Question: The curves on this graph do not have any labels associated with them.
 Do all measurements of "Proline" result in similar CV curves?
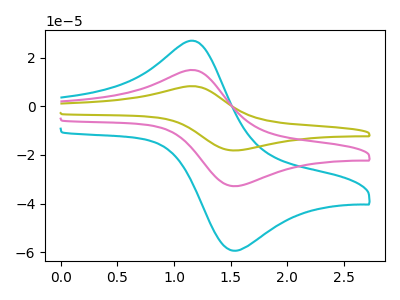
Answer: <think>The cyan curve "cyan" has an anodic peak at (1.20V, 26.55uA) and a cathodic peak at (1.55V, -59.30uA). The olive curve "olive" has an anodic peak at (1.20V, 29.40uA) and a cathodic peak at (1.55V, -65.65uA). The pink curve "pink" has an anodic peak at (1.20V, 14.70uA) and a cathodic peak at (1.55V, -32.85uA).
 All the peaks in "cyan" have a peak in "olive" at the same potential. Every peak in "cyan" is lower than every peak in "olive". All the peaks in "cyan" have a peak in "pink" at the same potential. Every peak in "cyan" is higher than every peak in "pink". All the peaks in "olive" have a peak in "pink" at the same potential. Every peak in "olive" is higher than every peak in "pink".</think>
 <answer>All the CV's of "Proline" have similar shape.</answer>
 <eval>follow_rule</eval>